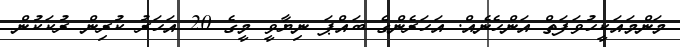
މަންމައަކީހުވަފަތް އަންހެނެއް. އަހަރެންގެ ބައްޕަ ނިޔާވީ މީގެ 20 އަހަރު ކުރިން ރުކަކުން